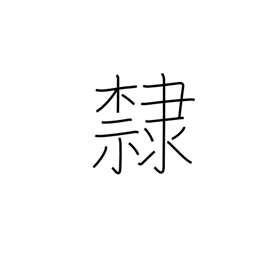
Meaning: prisoner